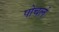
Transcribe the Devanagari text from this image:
पोचलं